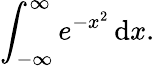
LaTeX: \int_{-\infty}^{\infty}e^{-x^{2}}\, \mathrm{d}x.